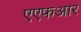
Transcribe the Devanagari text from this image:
एएफआर